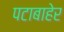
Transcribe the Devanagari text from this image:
पटाबाहेर